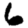
Digit: 6